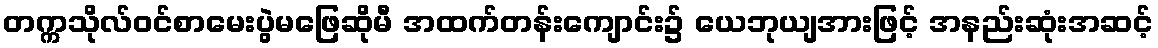
တက္ကသိုလ်ဝင်စာမေးပွဲမဖြေဆိုမီ အထက်တန်းကျောင်း၌ ယေဘုယျအားဖြင့် အနည်းဆုံးအဆင့်